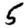
Digit: 5